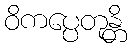
ဝိကပ္ပေတုန္တိ